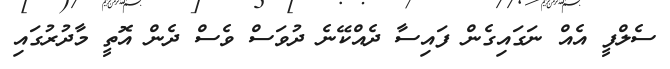
ސެލްފީ އެއް ނަގައިގެން ފައިސާ ދެއްކޭނެ ދުވަސް ވެސް ދެން އޮތީ މާދުރުގައި